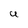
Character: U